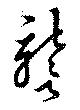
讋